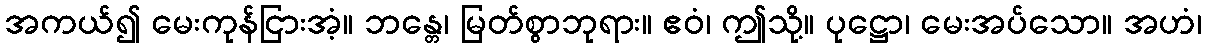
အကယ်၍ မေးကုန်ငြားအံ့။ ဘန္တေ၊ မြတ်စွာဘုရား။ ဧဝံ၊ ဤသို့။ ပုဋ္ဌော၊ မေးအပ်သော။ အဟံ၊